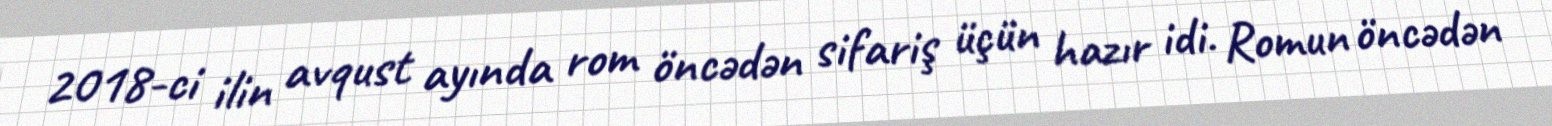
2018-ci ilin avqust ayında rom öncədən sifariş üçün hazır idi. Romun öncədən